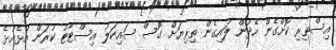
އިސްތިރި ކޮށްގެން ހެދުން ލައިގެން ތިރިޔަށް ގޮސް ސައިކަލު އިސްޓާޓު ކުރަން އުޅެއުޅެ